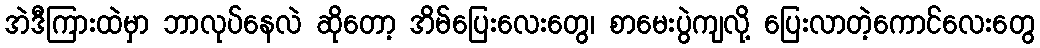
အဲဒီကြားထဲမှာ ဘာလုပ်နေလဲ ဆိုတော့ အိမ်ပြေးလေးတွေ၊ စာမေးပွဲကျလို့ ပြေးလာတဲ့ကောင်လေးတွေ